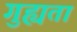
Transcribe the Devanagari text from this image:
गुह्यता